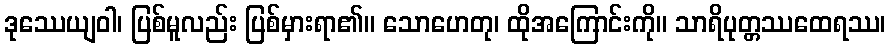
ဒုဿေယျဝါ၊ ပြစ်မူလည်း ပြစ်မှားရာ၏။ သောဟေတု၊ ထိုအကြောင်းကို။ သာရိပုတ္တဿထေရဿ၊